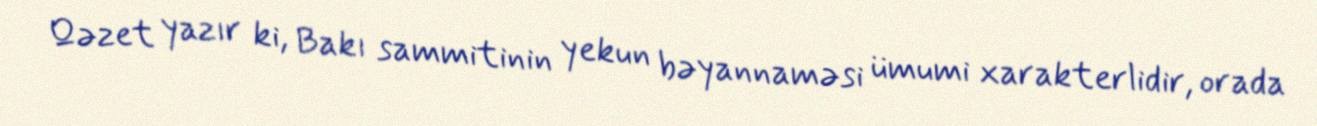
Qəzet yazır ki, Bakı sammitinin yekun bəyannaməsi ümumi xarakterlidir, orada